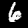
Label: 6